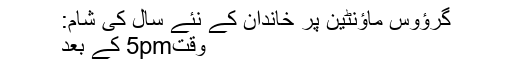
گرؤوس ماؤنٹین پر خاندان کے نئے سال کی شام:
وقت5pm کے بعد